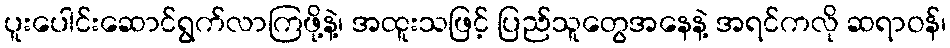
ပူးပေါင်းဆောင်ရွက်လာကြဖို့နဲ့၊ အထူးသဖြင့် ပြည်သူတွေအနေနဲ့ အရင်ကလို ဆရာဝန်၊